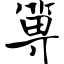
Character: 箅